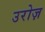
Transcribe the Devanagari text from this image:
उरोज़